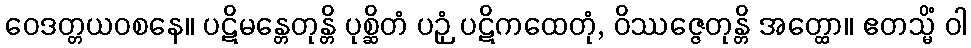
ဝေဒတ္တယဝစနေ။ ပဋိမန္တေတုန္တိ ပုစ္ဆိတံ ပဉှံ ပဋိကထေတုံ, ဝိဿဇ္ဇေတုန္တိ အတ္ထော။ ဧတသ္မိံ ဝါ